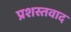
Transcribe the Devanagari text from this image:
प्रशस्तवाद